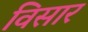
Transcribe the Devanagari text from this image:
विसार